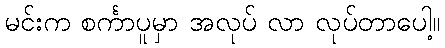
မင်းက စင်္ကာပူမှာ အလုပ် လာ လုပ်တာပေါ့။